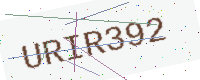
Text: URIR392